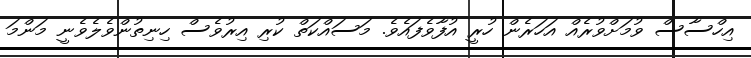
އިހްސާސް ވުމަށްވުރެއް އަހަރެން ހުރީ އުފާވެފައެވެ. މަސައްކަތް ކުރި އިރުވެސް ހިނިތުންވެލެވެނީ މަންމަ